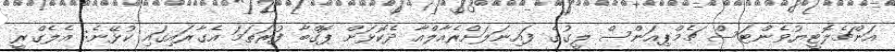
އަންޗެލޮޓީޔުވެންޓަސް ޗެމްޕިއަންސް ލީގުގެ ފައިނަލަށްރެއާލްއާ ދެކޮޅަށް ޕޮގްބާ ފުރަތަމަ އެގާރައިގައި ކުޅޭނެ: އެލެގްރީ